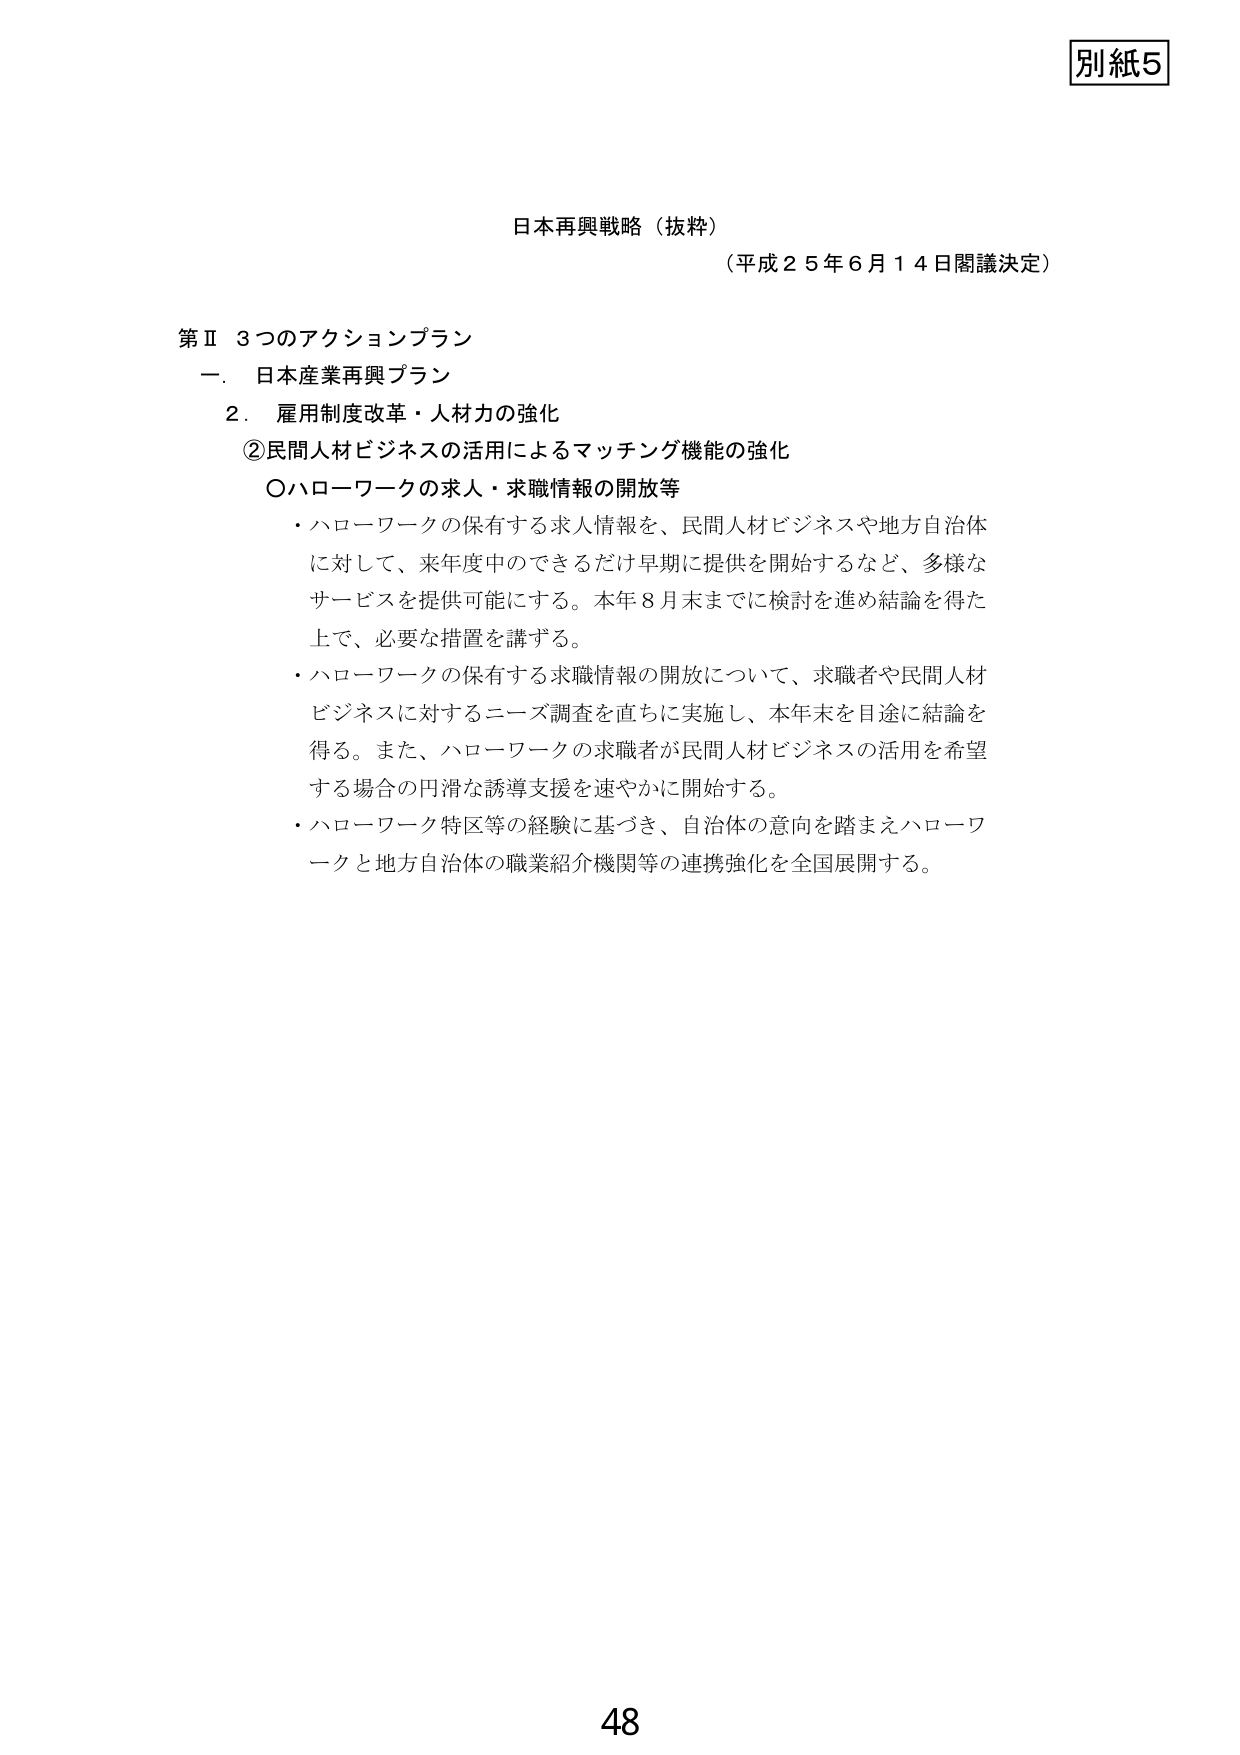
別紙5

日本再興戦略（抜粋）
（平成25年6月14日閣議決定）

第Ⅱ 3つのアクションプラン
一．日本産業再興プラン
2．雇用制度改革・人材力の強化
②民間人材ビジネスの活用によるマッチング機能の強化
〇ハローワークの求人・求職情報の開放等
・ハローワークの保有する求人情報を、民間人材ビジネスや地方自治体
に対して、来年度中のできるだけ早期に提供を開始するなど、多様な
サービスを提供可能にする。本年8月末までに検討を進め結論を得た
上で、必要な措置を講ずる。
・ハローワークの保有する求職情報の開放について、求職者や民間人材
ビジネスに対するニーズ調査を直ちに実施し、本年末を目途に結論を
得る。また、ハローワークの求職者が民間人材ビジネスの活用を希望
する場合の円滑な誘導支援を速やかに開始する。
・ハローワーク特区等の経験に基づき、自治体の意向を踏まえハローワ
ークと地方自治体の職業紹介機関等の連携強化を全国展開する。

48